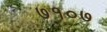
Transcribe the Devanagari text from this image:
७१०७